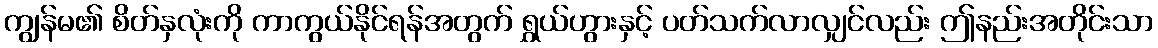
ကျွန်မ၏ စိတ်နှလုံးကို ကာကွယ်နိုင်ရန်အတွက် ရွှယ်ဟွားနှင့် ပတ်သက်လာလျှင်လည်း ဤနည်းအတိုင်းသာ